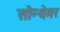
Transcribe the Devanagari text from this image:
सोन्थेमर